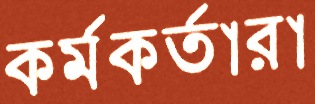
কর্মকর্তারা